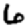
Digit: 6